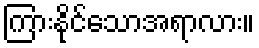
ကြားနိုင်သောအရာလား။